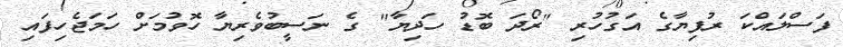
ފަސްލައްކަ ރުފިޔާގެ އަގުހުރި "ރޯދަ ބޮޑު ހަދިޔާ" ގެ ނަސީބުވެރިޔާ ހޮވުމަށް ހަމަޖެހިފައި